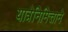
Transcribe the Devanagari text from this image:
यात्रेनिमित्ताने